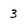
Character: 3